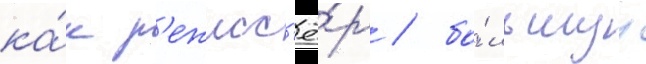
ка́к р'ежисс'ё́р / бо́льшуу